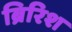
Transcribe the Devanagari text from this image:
ब्रिरिश